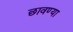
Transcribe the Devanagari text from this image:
छावण्‍या